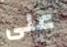
على